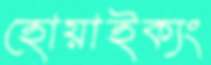
হোয়াইক্যং